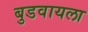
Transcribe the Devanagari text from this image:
बुडवायला